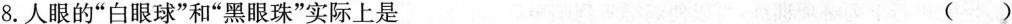
8.人眼的”白眼球”和”黑眼珠”实际上是 ()